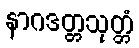
နာဂဒတ္တသုတ္တံ